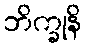
ဘိက္ခုနိ